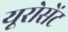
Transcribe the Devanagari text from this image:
यूरोसेंट